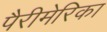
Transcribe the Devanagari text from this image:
पैरीमेरिका